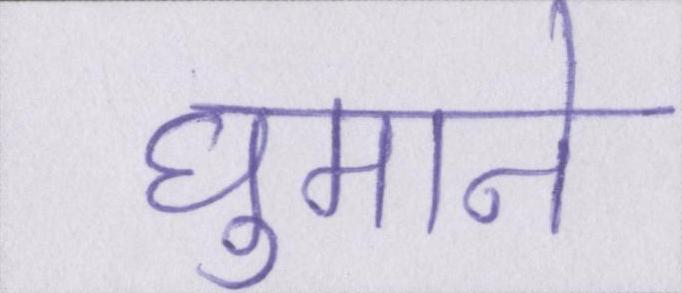
घुमाने